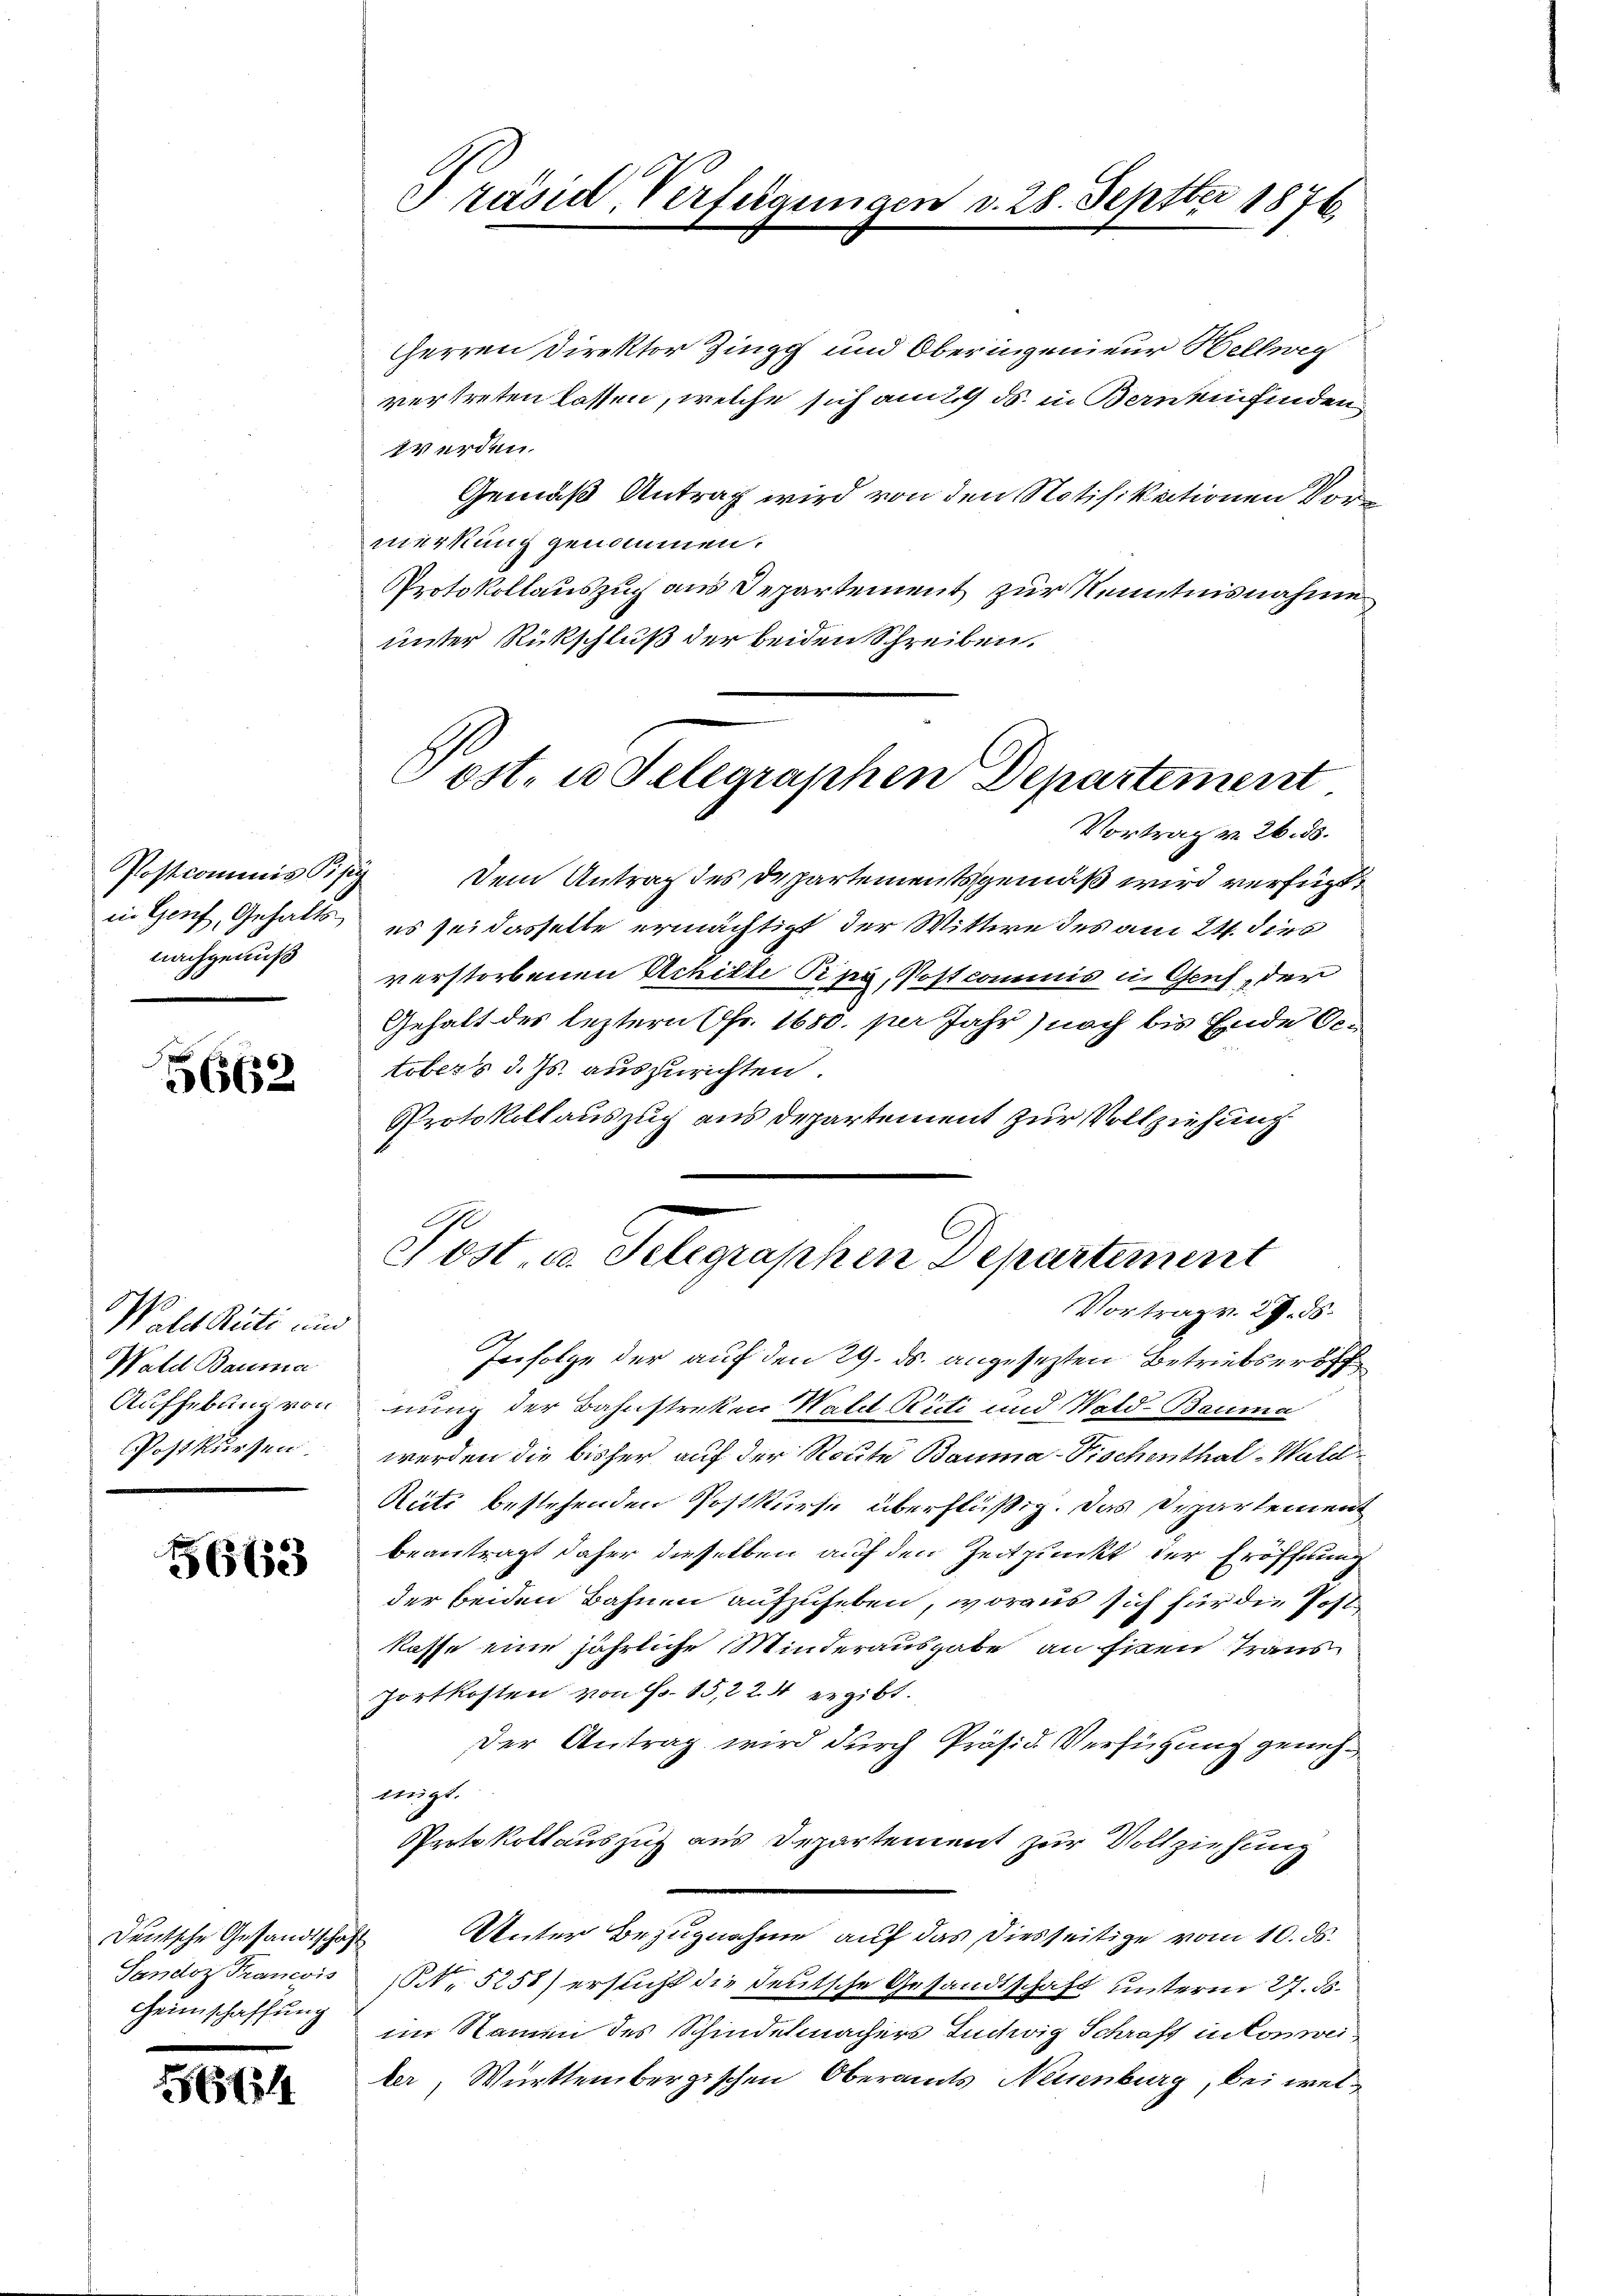
nachgenuß

5662

Wahl Rüti und
Wald Bauma
Postkursen.

5663

Heimschaffung

56

HHerren Direktor Zingg und Oberingenieur Hellweg
vertreten lassen, welche sich am 2. ds. in Berneinfinden
werden.
Gemäß Antrag wird von den Notifikationen Vormerkung genommen.
Protokollauszug aus Departement zur Kenntnisnahme
unter Rückschluß der beiden Schreiben.
Vortrag v. 26. ds.
Postcommissisi dem Antrag des Departementsgemäß wird verfügt:
in Genf, Gehalts es sei dasselbe ermächtigt der Wittwe des am 24. dies
verstorbenen Achille Rpa, Postcommis in Gruf, der
Gehalt des leztern Fr. 1680. per Jahr) noch bis Ende Getobers d. Js. auszurichten.
Protokollauszug aus Departement zur Vollziehung
Post- u. Selegraphen Departement
Vortrag v. 29. ds.
Infolge der auf den 29. ds. angesezten Betriebseröff
Aufhebung von nung der Bahnstreken Wald Rüti und Wald-Bauma
werden die bisher auf der Route Bauma–Fischenthal-Wald¬
Rüti bestehenden Postkurse überflüßig. Das Departement
beantragt daher dieselben auf den Zeitpunkt der Eröffnung
der beiden Bahnen aufzuheben, woraus sich für die Postkasse eine jährliche Minderausgabe an Eigen Trans
Fortkosten von Fr. 15, 224 ergibt.
Der Antrag wird durch Präsid. Verfügung genehweigt.
Protokollauszug aus Departement zur Vollziehung
Deutsche Gesandtschaft Unter Bezugnahme auf das diesseitige vom 10. ds.
Sandoz Prancois No 5258) ersucht die deutsche Gesandtschaft unterm 27. d.
im Namen des Schindelmachers Tuchwig Schraft in Conwei
ler, Württembergischen Oberamts Neuenburg, bei wel¬

Präsid. Verfügungen v. 28. Septber 1876.

ost. u Selearaphen Departement